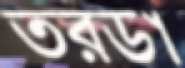
তরডা